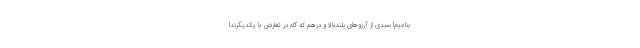
بنامیم! سبدی از آرزوهای بلندبالا و درهم که گاه در تعارض با یکدیگرند!